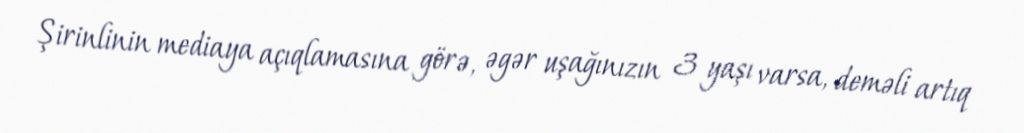
Şirinlinin mediaya açıqlamasına görə, əgər uşağınızın 3 yaşı varsa, deməli artıq